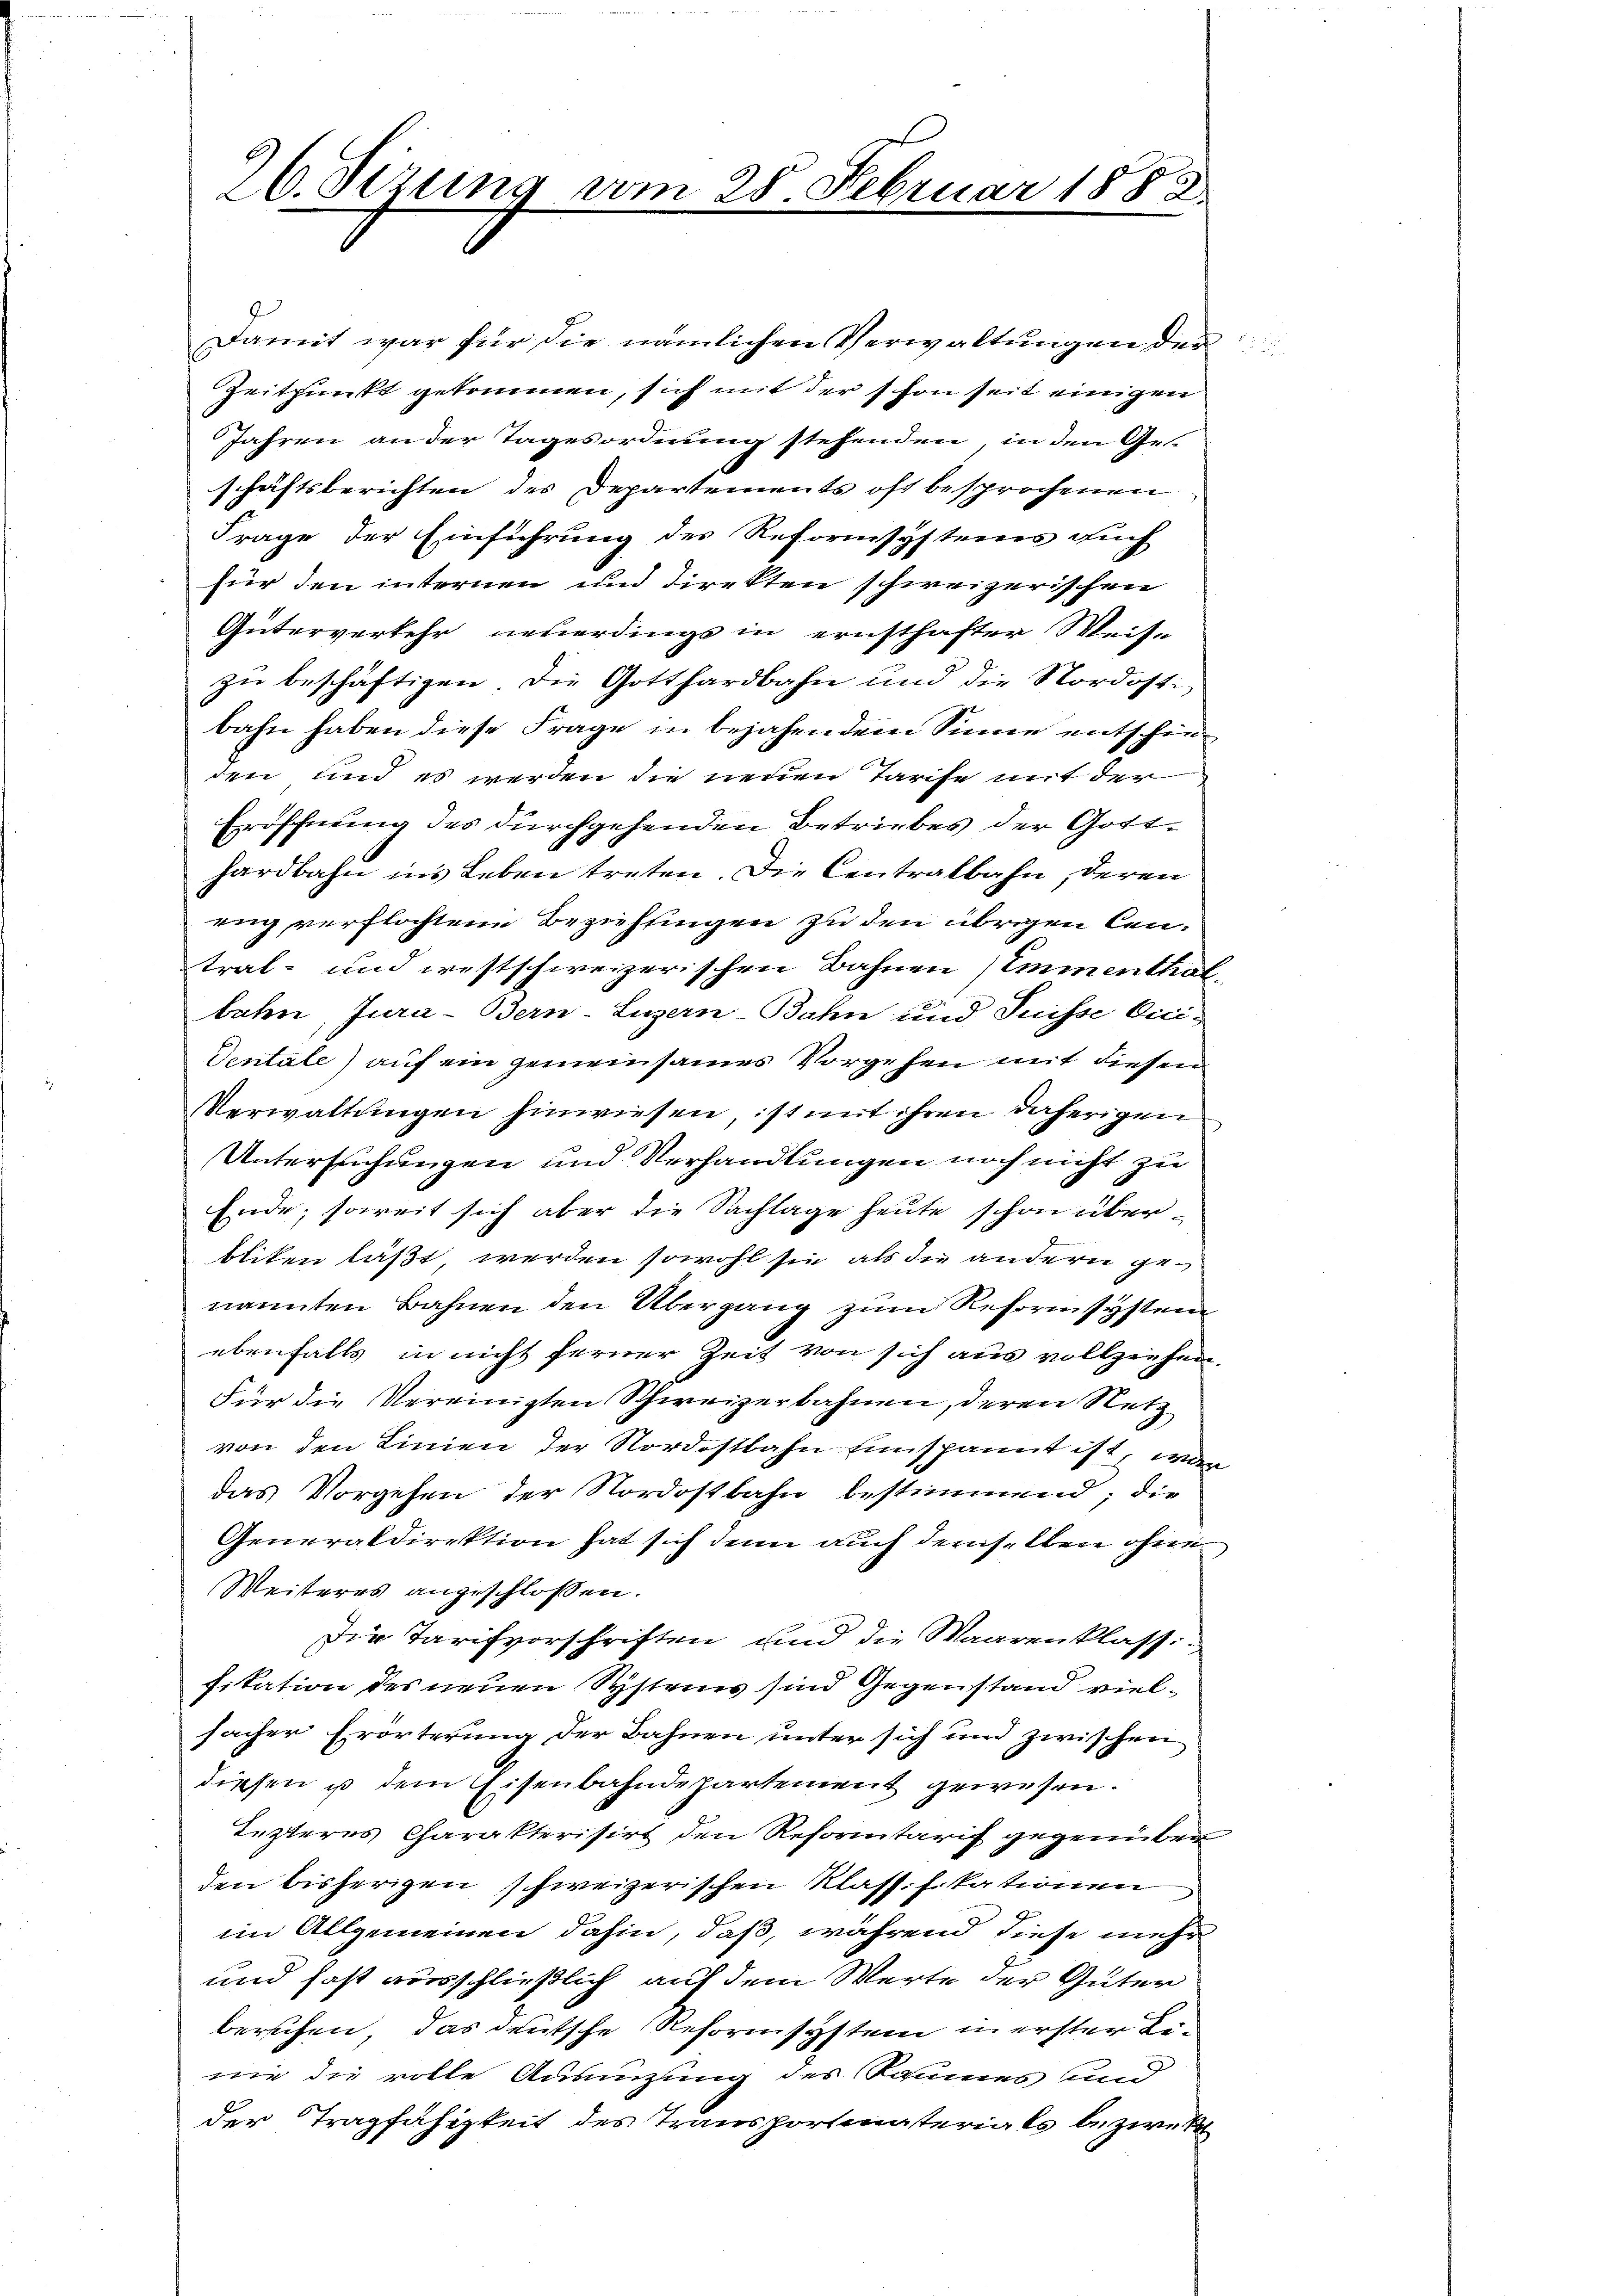
26. Sizung am 28. Februar 1888.

Damit war für die nämlichen Verwaltungen der
Zeitpunkt gekommen, sich mit der schon seit einigen
Jahren an der Tagesordnung stehenden, in den Ge-
schäftsberichten des Departements oft besprochenen
Frage der Einführung des Reformsystems auch
für den internen und Direkten schweizerischen
Güterverkehr neuerdings in ernsthafter Weise
zu beschäftigen. Die Gotthardbahn und die Nordostbahn haben diese Frage in bejahendem Sinne entschieden und es werden die neuen Tarise mit der
Eröffnung des durchgehenden Betriebes der Gotthardbahn ins Leben treten. Die Centralbahn, deren
eng verflochtene Beziehungen zu den übrigen Central- und westschweizerischen Bahnen (Emmenthalbahn, Jura-Bern-Luzern-Bahn und Suisse Cici¬
Ventale) auf ein gemeinsames Vorgehen mit diesen
Verwaltungen hinwiesen, ist mit ihren daherigen
Untersuchungen und Verhandlungen noch nicht zu
Ende, soweit sich aber die Sachlage heute schon überbliken läßt werden sowohl sie als die andern genannten Bahnen den Übergang zum Reformsystem
ebenfalls in nicht ferner Zeit von sich aus vollziehen.
Für die Vereinigten Schweizerbahnen, deren Netz
von den Linien der Nordostbahn Einspannt ist, war
das Vorgehen der Nordostbahn bestimmend; die
Generaldirektion hat sich denn auch demselben ohne
Weiteres angeschlossen.
Die Tarifvorschriften und die Waarenklassifikation des neuen Systemes sind Gegenstand vielfacher Erörterung der Bahnen unter sich und zwischen
diesen u dem Eisenbahndepartement gewesen.
Lezteres Charakterisirt den Reformtarif gegenüber
den bisherigen schweizerischen Klassifikationen
2
im Allgemeinen dahin, daß, während diese mehr
und fast ausschließlich auf dem Werte der Güter
berufen, das deutsche Reformsystem in erster Linie die volle Ausnüzung des Raumes und
der Tragfähigkeit des Transportmaterials bezwek